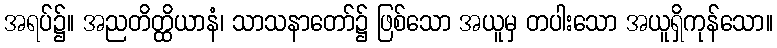
အရပ်၌။ အညတိတ္ထိယာနံ၊ သာသနာတော်၌ ဖြစ်သော အယူမှ တပါးသော အယူရှိကုန်သော။